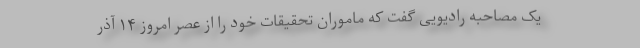
یک مصاحبه رادیویی گفت که ماموران تحقیقات خود را از عصر امروز ۱۴ آذر